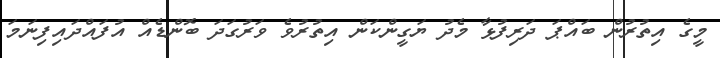
މީގެ އިތުރުން ބައްޕަ ދަރިފުޅާ މެދު ޔަގީންކަން އިތުރުވެ ވަރުގަދަ ބޮންޑެއް އުފައްދައިފިނަމަ